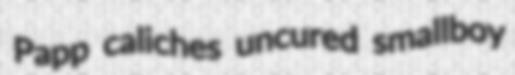
Papp caliches uncured smallboy